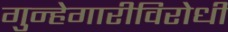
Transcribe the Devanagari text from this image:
गुन्हेगारीविरोधी